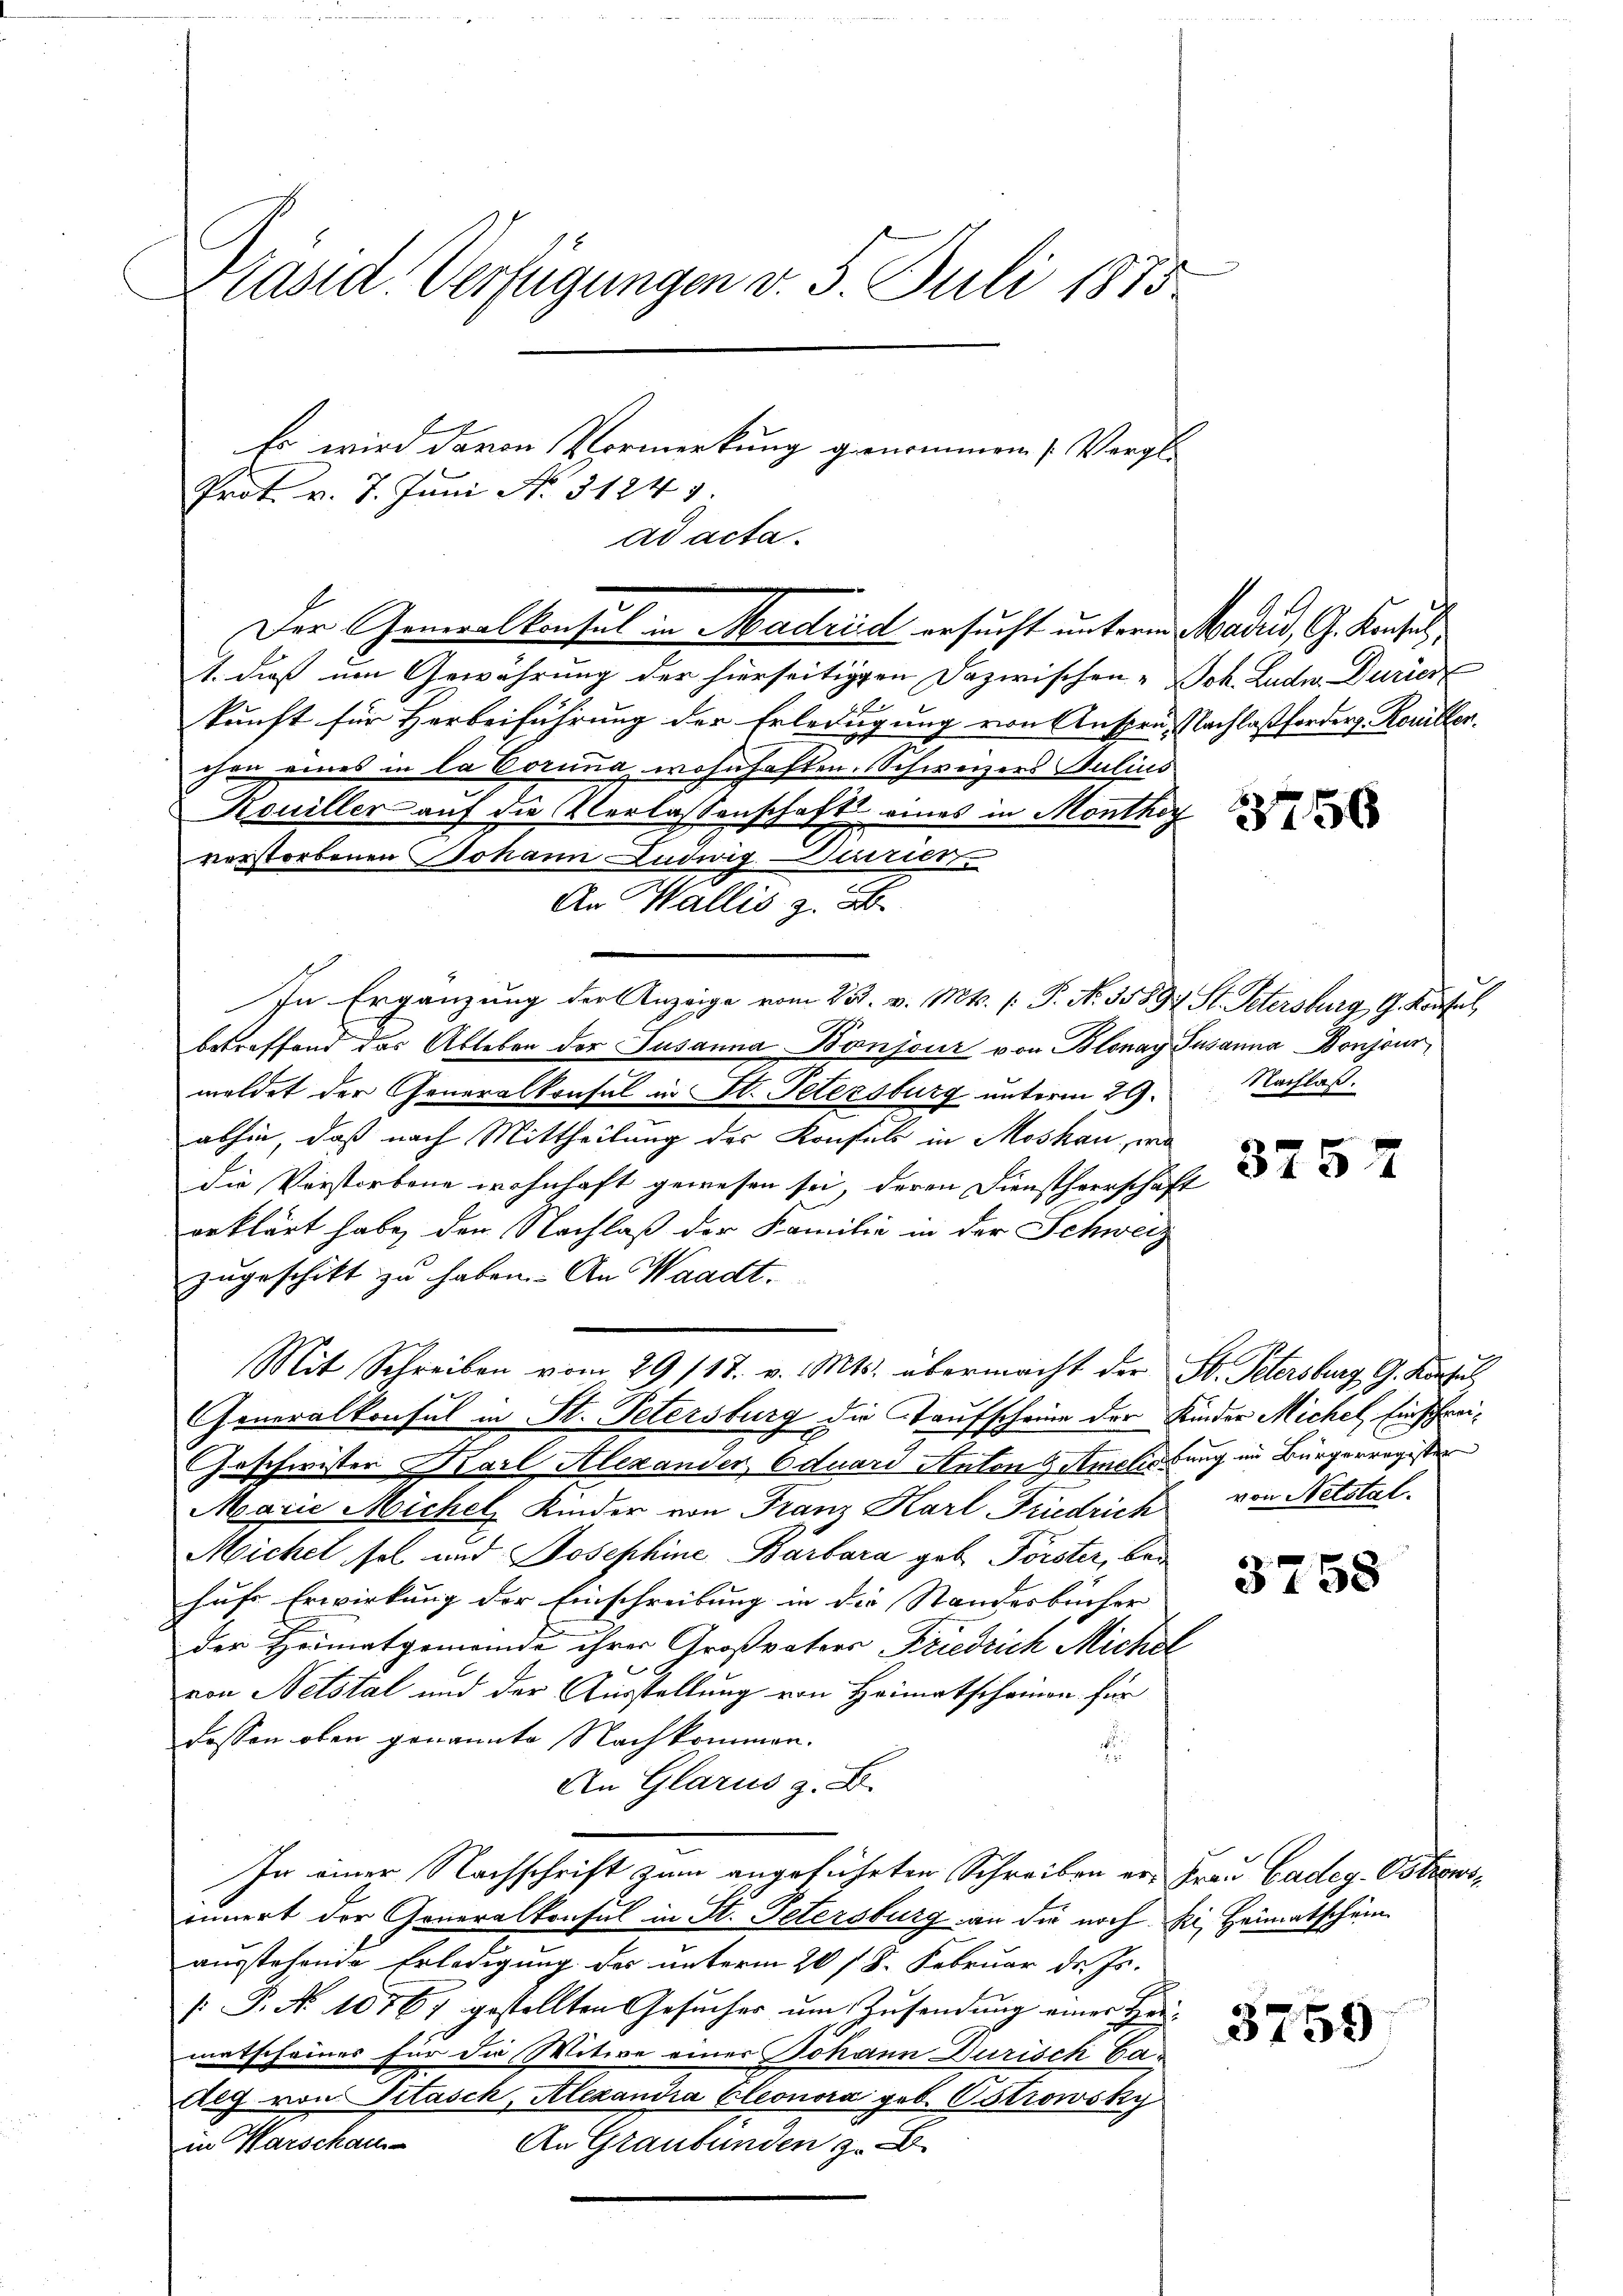
Präsid. Verfügungen v. 5. Juli 1875.

Es wird davon Vormerkung genommen. (Vergl.
Prot. v. 7. Juni No 31249.
ad acta.
Der Generalkonsul in Madrid ersucht unterm
1. dieß um Gewährung der hierseitigen Dazwischen-
E
kunft für Herbeiführung der Erledigung von Ansprü-
fen eines in la Poria wohnhaften. Schweizers Julius
Kouiller auf die Verlassenschafts eines in Monthevorstorbenen Johann Ludwig Marier
An Wallis z. B.
In Ergänzung der Anzeige vom 25. v. Mts. (: P. Nr. 35897 St. Petersburg, G. Konfel
betreffend das Ableben der Susanna Bonjour von Blonay Susanna Bonjour
meldet der Generalkonsul in St. Petersburg unterm 29. Nachlaß
abhin, daß nach Mittheilung des Konsuls in Moskau, wa
die Verstorbene wohnhaft gewesen sei, deren Dienstherrschaft
erklärt habe, den Nachlaß der Familie in der Schweiz
zŭgeschikt zu haben. An Waadt,
Mit Schreiben vom 29. 118. v. Mts. übermacht der
Generalkonsul in St. Petersburg die Taufscheine der
Geschwister Karl Alexander Eduard Anton & Amelić.
Marie Michel Kinder von Franz Karl Friedrich
Michel sel und Josephine Barbara geb. Förster, bei
hufe Erwirkung der Einschreibung in die Standesbücher |
der Heimatgemeinde ihrer Großvaters Friedrich Micher
l
von Netstal und der Ausstellung von Heimatscheinen für
dessen oben genannte Nachkommen.
.
An Glarus z. B.
In einer Nachschrift zum angeführten Schreiben er Frau Cadeg. Ostionsinnert der Generalkonsul in St. Petersburg an die nochausstehende Erledigung des unterm 20 s. S. Februar d. Js.
: P. Nr. 10767 gestellten Gesucher um Zusendung einer Fre
matscheines für die Witwe einer Johann Durisch Ga¬
Alg von Stasch, Alexandra Eleonora geb. Ostrowsky
in Karschau
An Graubünden z. B.

Mader, G. Konsul
Sch. Lude. Durien
Nachlaßforders Koniller.

3756

5

3757

St. Petersburg G. Kurzu
Kinder Michel, Einschweibung im Bürgerregister
von Netstal.

3758

ki, Heimatschein

3759